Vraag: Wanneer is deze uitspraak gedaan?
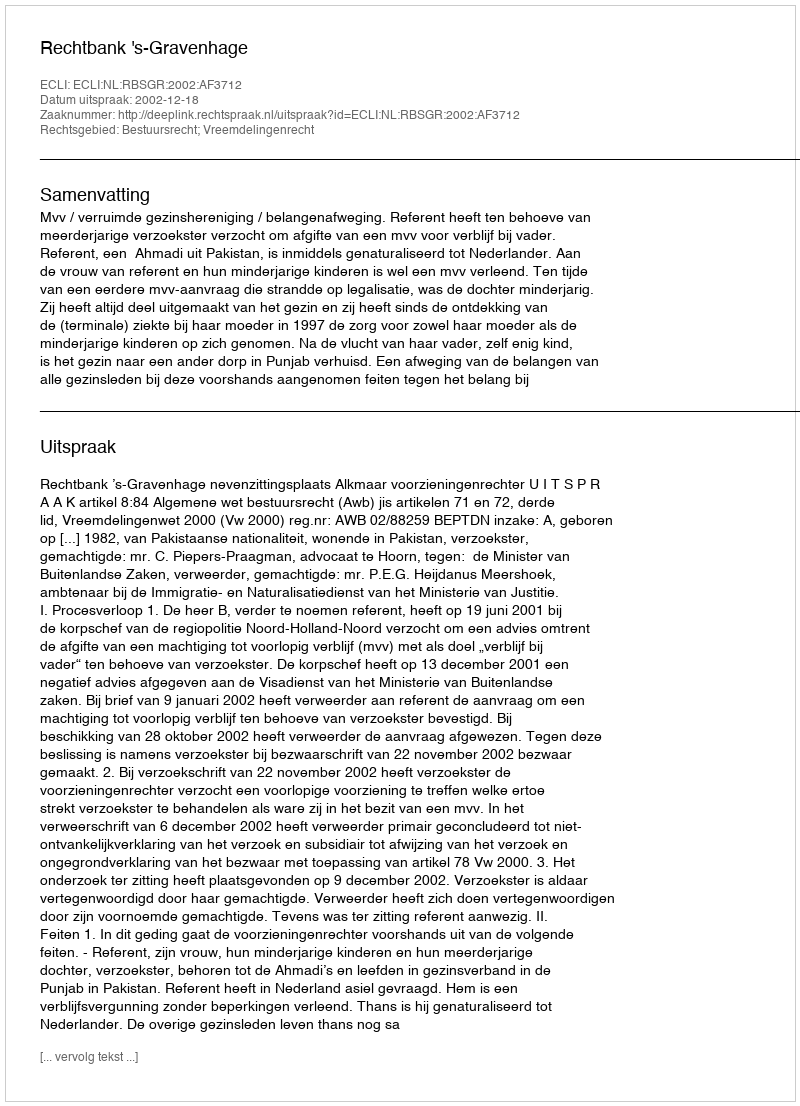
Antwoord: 2002-12-18